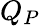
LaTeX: Q_{P}